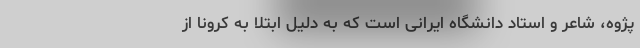
پژوه، شاعر و استاد دانشگاه ایرانی است که به دلیل ابتلا به کرونا از